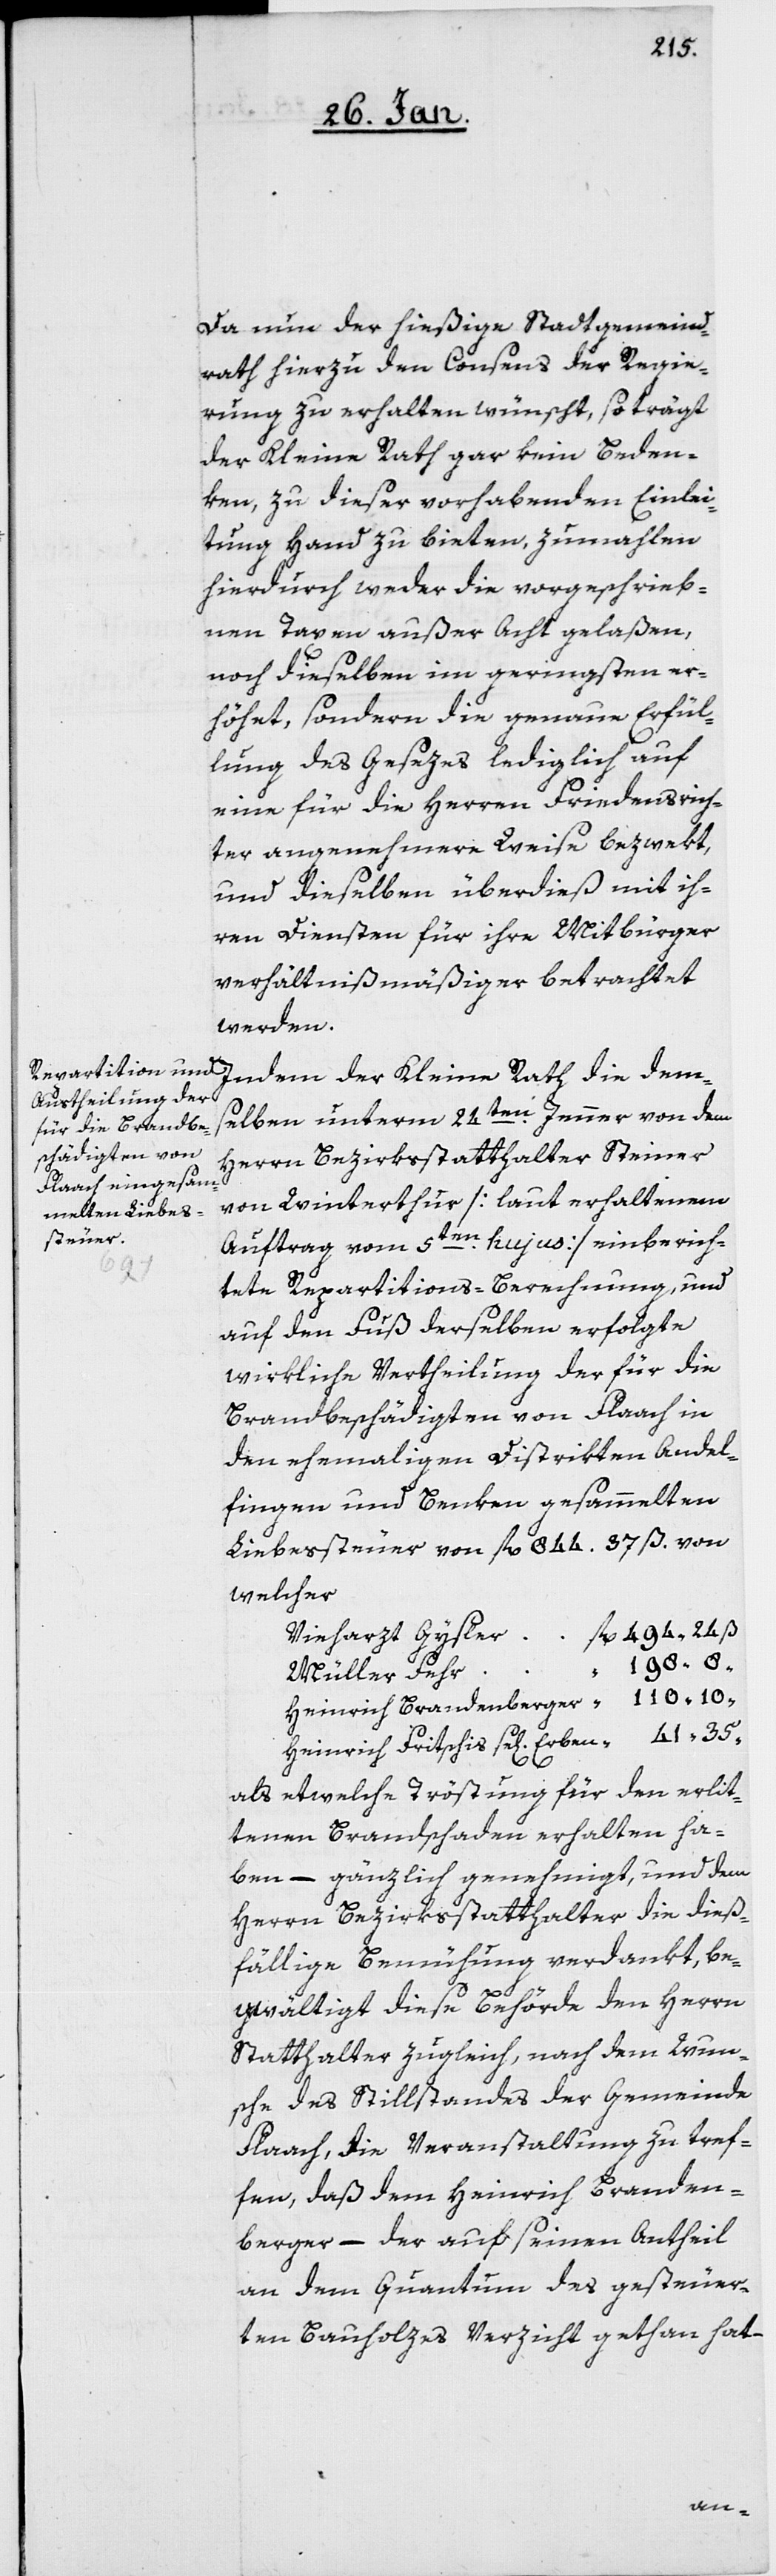
Da nun der hießige Stadtgemeind¬
rath hierzu den Consens der Regie¬
rung zu erhalten wünscht, so trägt
der Kleine Rath gar kein Beden¬
ken, zu dieser vorhabenden Einlei¬
tung Hand zu bieten, zumahlen
hierdurch weder die vorgeschriebe¬
nen Taxen außer Acht gelaßen,
noch dieselben im geringsten er¬
höhet, sondern die genaue Erfül¬
lung des Gesezes lediglich auf
eine für die Herren Friedensrich¬
ter angenehmere Weise bezwekt,
und dieselben überdieß mit ih¬
ren Diensten für ihre Mitbürger
verhältnismäßiger betrachtet
werden.
Indem der Kleine Rath die dem¬
selben unterm 24sten. Jenner von dem
Herrn Bezirksstatthalter Steiner
von Winterthur [laut erhaltenem
Auftrag vom 5ten. hujus] einberich¬
tete Repartitions-Berechnung, und
auf den Fuß derselben erfolgte
wirkliche Vertheilung der für die
Brandbeschädigten von Flaach in
den ehemaligen Distrikten Andel¬
fingen und Benken, gesammelten
Liebessteuer von fl. 844. 37 ß. von
welcher
Vieharzt Gysler fl. 494.24 ß
Müller Fehr “
Heinrich Brandenberger “ 110.10 “
Heinrich Fritschis se[ligen] Erben “ 41.35 “
als etwelche Tröstung für den erlit¬
tenen Brandschaden erhalten ha¬
ben, – gänzlich genehmigt, und dem
Herrn Bezirksstatthalter die dieß¬
fällige Bemühung verdankt, be¬
gwältigt diese Behörde den Herrn
Statthalter zugleich, nach dem Wun¬
sche des Stillstandes der Gemeinde
Flaach, die Veranstaltung zu tref¬
fen, daß dem Heinrich Branden¬
berger – der auf seinen Antheil
an dem Quantum des gesteuer¬
ten Bauholzes Verzicht gethan hat –